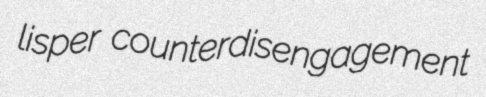
lisper counterdisengagement